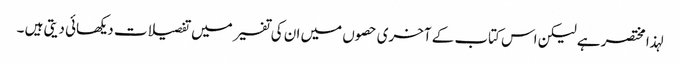
لہذا مختصر ہے لیکن اس کتاب کے آخری حصوں میں ان کی تفسیر میں تفصیلات دیکھائی دیتی ہیں ۔